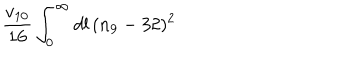
\frac { v _ { 1 0 } } { 1 6 } \int _ { 0 } ^ { \infty } d l \, ( n _ { 9 } - 3 2 ) ^ { 2 }